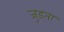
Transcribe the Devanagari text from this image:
जुड्ता